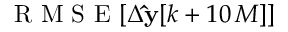
\mathrm { ~ R ~ M ~ S ~ E ~ } [ \Delta \mathbf { \hat { y } } [ k + 1 0 \, M ] ]